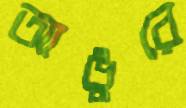
আঙুরে